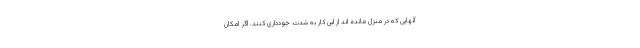
آنهایی که در منزل مانده اند از این کار به شدت خودداری کنند. اگر امکان